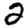
Digit: 2